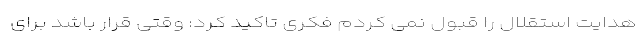
هدایت استقلال را قبول نمی کردم فکری تاکید کرد: وقتی قرار باشد برای